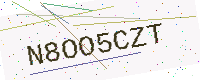
Text: N8OO5CZT